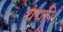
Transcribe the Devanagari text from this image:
यद्मपि